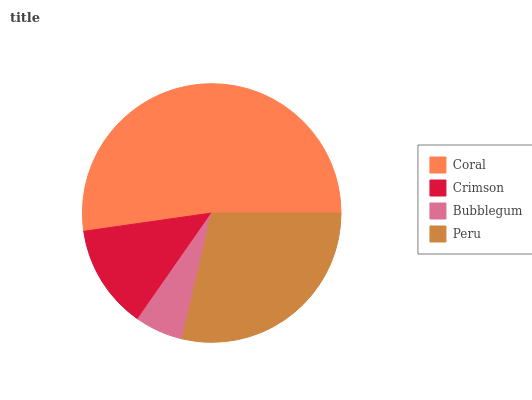
| Coral | Crimson | Bubblegum | Peru |
 | --- | --- | --- | --- |
 | 52.3% | 13.1% | 6.01% | 28.7% |